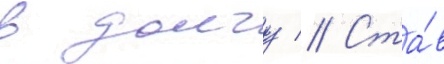
в долгу // Ста́в